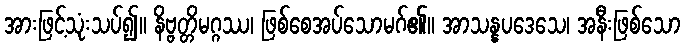
အားဖြင့်သုံးသပ်၍။ နိဗ္ဗတ္တိမဂ္ဂဿ၊ ဖြစ်စေအပ်သောမဂ်၏။ အာသန္နပဒေသေ၊ အနီးဖြစ်သော